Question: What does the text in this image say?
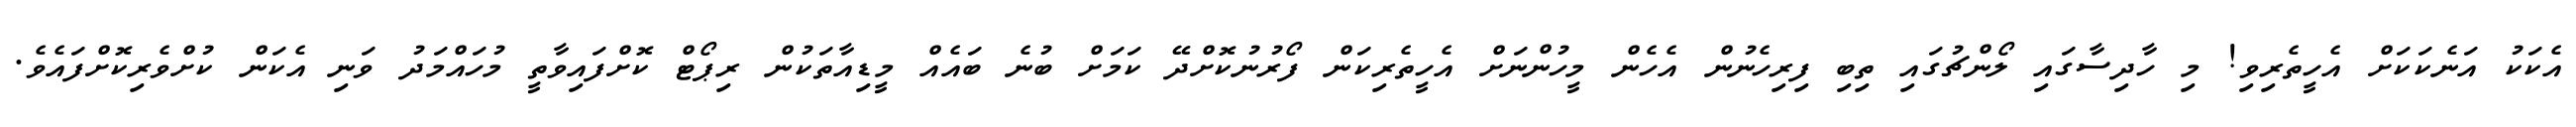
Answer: އެކަކު އަނެކަކަށް އެހީތެރިވި! މި ހާދިސާގައި ލޯންޗުގައި ތިބި ފިރިހެނުން އެހެން މީހުންނަށް އެހީތެރިކަން ފޯރުނުކޮށްދޭ ކަމަށް ބުނެ ބައެއް މީޑިއާތަކުން ރިޕޯޓް ކޮށްފައިވާތީ މުހައްމަދު ވަނި އެކަން ކުށްވެރިކޮށްފައެވެ.